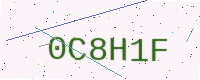
Text: 0C8H1F